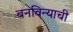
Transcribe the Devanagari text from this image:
बनविन्याची